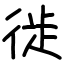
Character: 徙